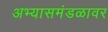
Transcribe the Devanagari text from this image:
अभ्यासमंडळावर